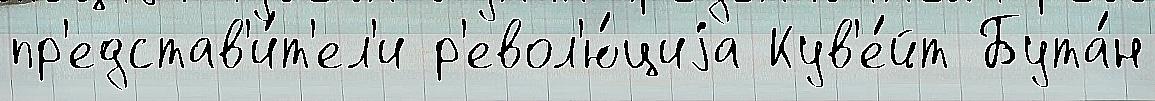
пр'едстав'и́т'ел'и р'евол'ю́циjа Кув'е́йт Бута́н